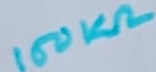
Text: 150KΩ